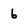
Character: 6